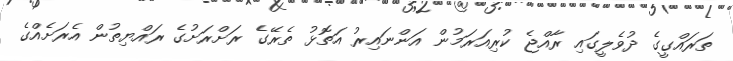
ތަރައްގީގެ ދުވެލީގައި ރާއްޖެ ކުރިއަރަމުން އަންނައިރު އަތޮޅު ތެރޭގެ ރަށްރަށުގެ ރައްޔިތުން އެރަށެއްގެ